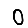
Digit: 0